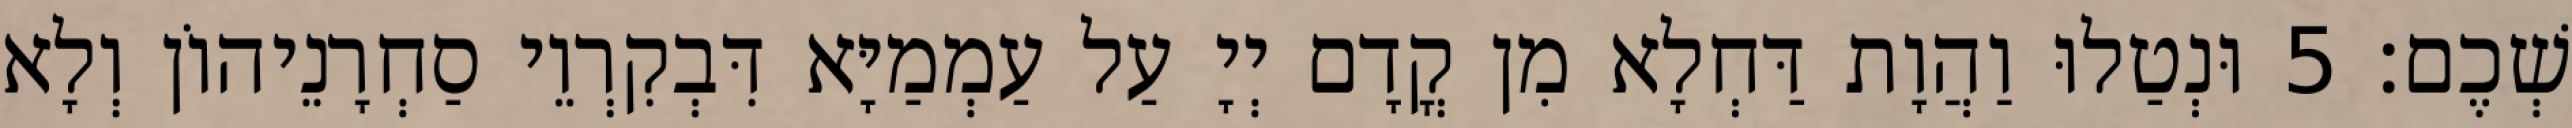
שְׁכֶם׃ 5 וּנְטַלוּ וַהֲוָת דַּחְלָא מִן קֳדָם יְיָ עַל עַמְמַיָּא דִּבְקִרְוֵי סַחְרָנֵיהוֹן וְלָא